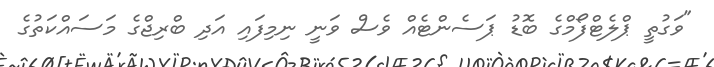
"ވަގުތީ ޕްލެޓްފޯމްގެ ބޮޑު ޕަސެންޓެއް ވެސް ވަނީ ނިމިފައި އަދި ބްރިޖްގެ މަސައްކަތުގެ